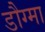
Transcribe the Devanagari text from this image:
डौग्मा